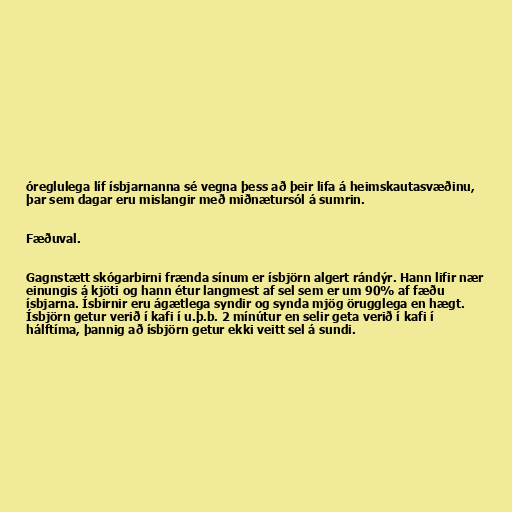
óreglulega líf ísbjarnanna sé vegna þess að þeir lifa á heimskautasvæðinu,
þar sem dagar eru mislangir með miðnætursól á sumrin.

Fæðuval.

Gagnstætt skógarbirni frænda sínum er ísbjörn algert rándýr. Hann lifir nær
einungis á kjöti og hann étur langmest af sel sem er um 90% af fæðu
ísbjarna. Ísbirnir eru ágætlega syndir og synda mjög örugglega en hægt.
Ísbjörn getur verið í kafi í u.þ.b. 2 mínútur en selir geta verið í kafi í
hálftíma, þannig að ísbjörn getur ekki veitt sel á sundi.